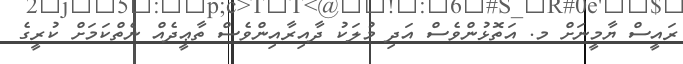
ރައީސް ޔާމީނަށް މ. އަތޮޅުންވެސް އަދި މުލަކު ދާއިރާއިންވެސް ތާޢީދެއް ނެތްކަމަށް ކުރީގެ